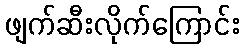
ဖျက်ဆီးလိုက်ကြောင်း